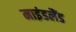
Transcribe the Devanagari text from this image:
माइंडलैंड